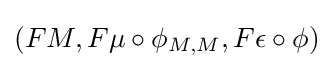
(FM,F\mu \circ \phi _{M,M},F\epsilon \circ \phi )